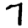
Digit: 7